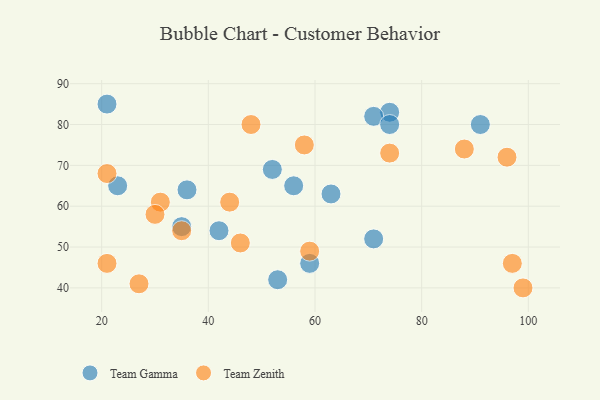
{"axis": {"x": "GDP", "y": "Life Expectancy"}, "legend": ["Team Gamma", "Team Zenith"], "data": [{"x": "35", "y": 55, "type": "Team Gamma"}, {"x": "74", "y": 83, "type": "Team Gamma"}, {"x": "91", "y": 80, "type": "Team Gamma"}, {"x": "56", "y": 65, "type": "Team Gamma"}, {"x": "59", "y": 46, "type": "Team Gamma"}, {"x": "21", "y": 85, "type": "Team Gamma"}, {"x": "63", "y": 63, "type": "Team Gamma"}, {"x": "52", "y": 69, "type": "Team Gamma"}, {"x": "36", "y": 64, "type": "Team Gamma"}, {"x": "71", "y": 82, "type": "Team Gamma"}, {"x": "53", "y": 42, "type": "Team Gamma"}, {"x": "74", "y": 80, "type": "Team Gamma"}, {"x": "23", "y": 65, "type": "Team Gamma"}, {"x": "42", "y": 54, "type": "Team Gamma"}, {"x": "71", "y": 52, "type": "Team Gamma"}, {"x": "88", "y": 74, "type": "Team Zenith"}, {"x": "58", "y": 75, "type": "Team Zenith"}, {"x": "21", "y": 68, "type": "Team Zenith"}, {"x": "48", "y": 80, "type": "Team Zenith"}, {"x": "35", "y": 54, "type": "Team Zenith"}, {"x": "59", "y": 49, "type": "Team Zenith"}, {"x": "31", "y": 61, "type": "Team Zenith"}, {"x": "27", "y": 41, "type": "Team Zenith"}, {"x": "46", "y": 51, "type": "Team Zenith"}, {"x": "30", "y": 58, "type": "Team Zenith"}, {"x": "21", "y": 46, "type": "Team Zenith"}, {"x": "99", "y": 40, "type": "Team Zenith"}, {"x": "44", "y": 61, "type": "Team Zenith"}, {"x": "97", "y": 46, "type": "Team Zenith"}, {"x": "74", "y": 73, "type": "Team Zenith"}, {"x": "96", "y": 72, "type": "Team Zenith"}]}